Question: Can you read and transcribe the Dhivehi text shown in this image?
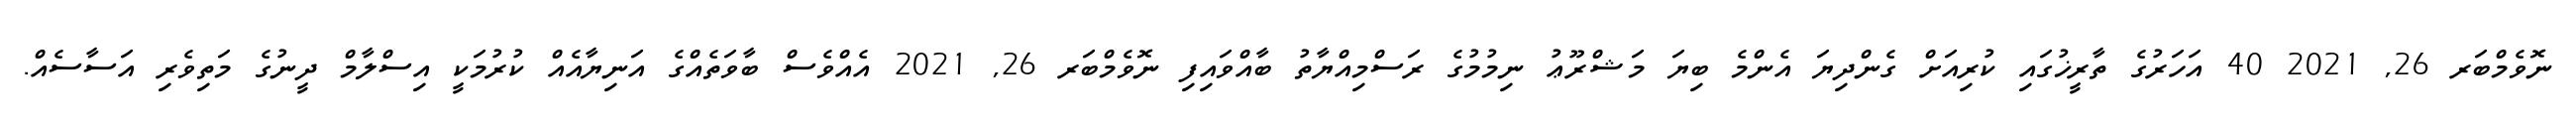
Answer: ނޮވެމްބަރ 26, 2021 40 އަހަރުގެ ތާރީޚުގައި ކުރިއަށް ގެންދިޔަ އެންމެ ބިޔަ މަޝްރޫޢު ނިމުމުގެ ރަސްމިއްޔާތު ބާއްވައިފި ނޮވެމްބަރ 26, 2021 އެއްވެސް ބާވަތެއްގެ އަނިޔާއެއް ކުރުމަކީ އިސްލާމް ދީނުގެ މަތިވެރި އަސާސެއް.